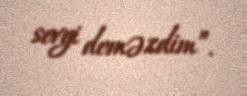
sevgi deməzdim”.